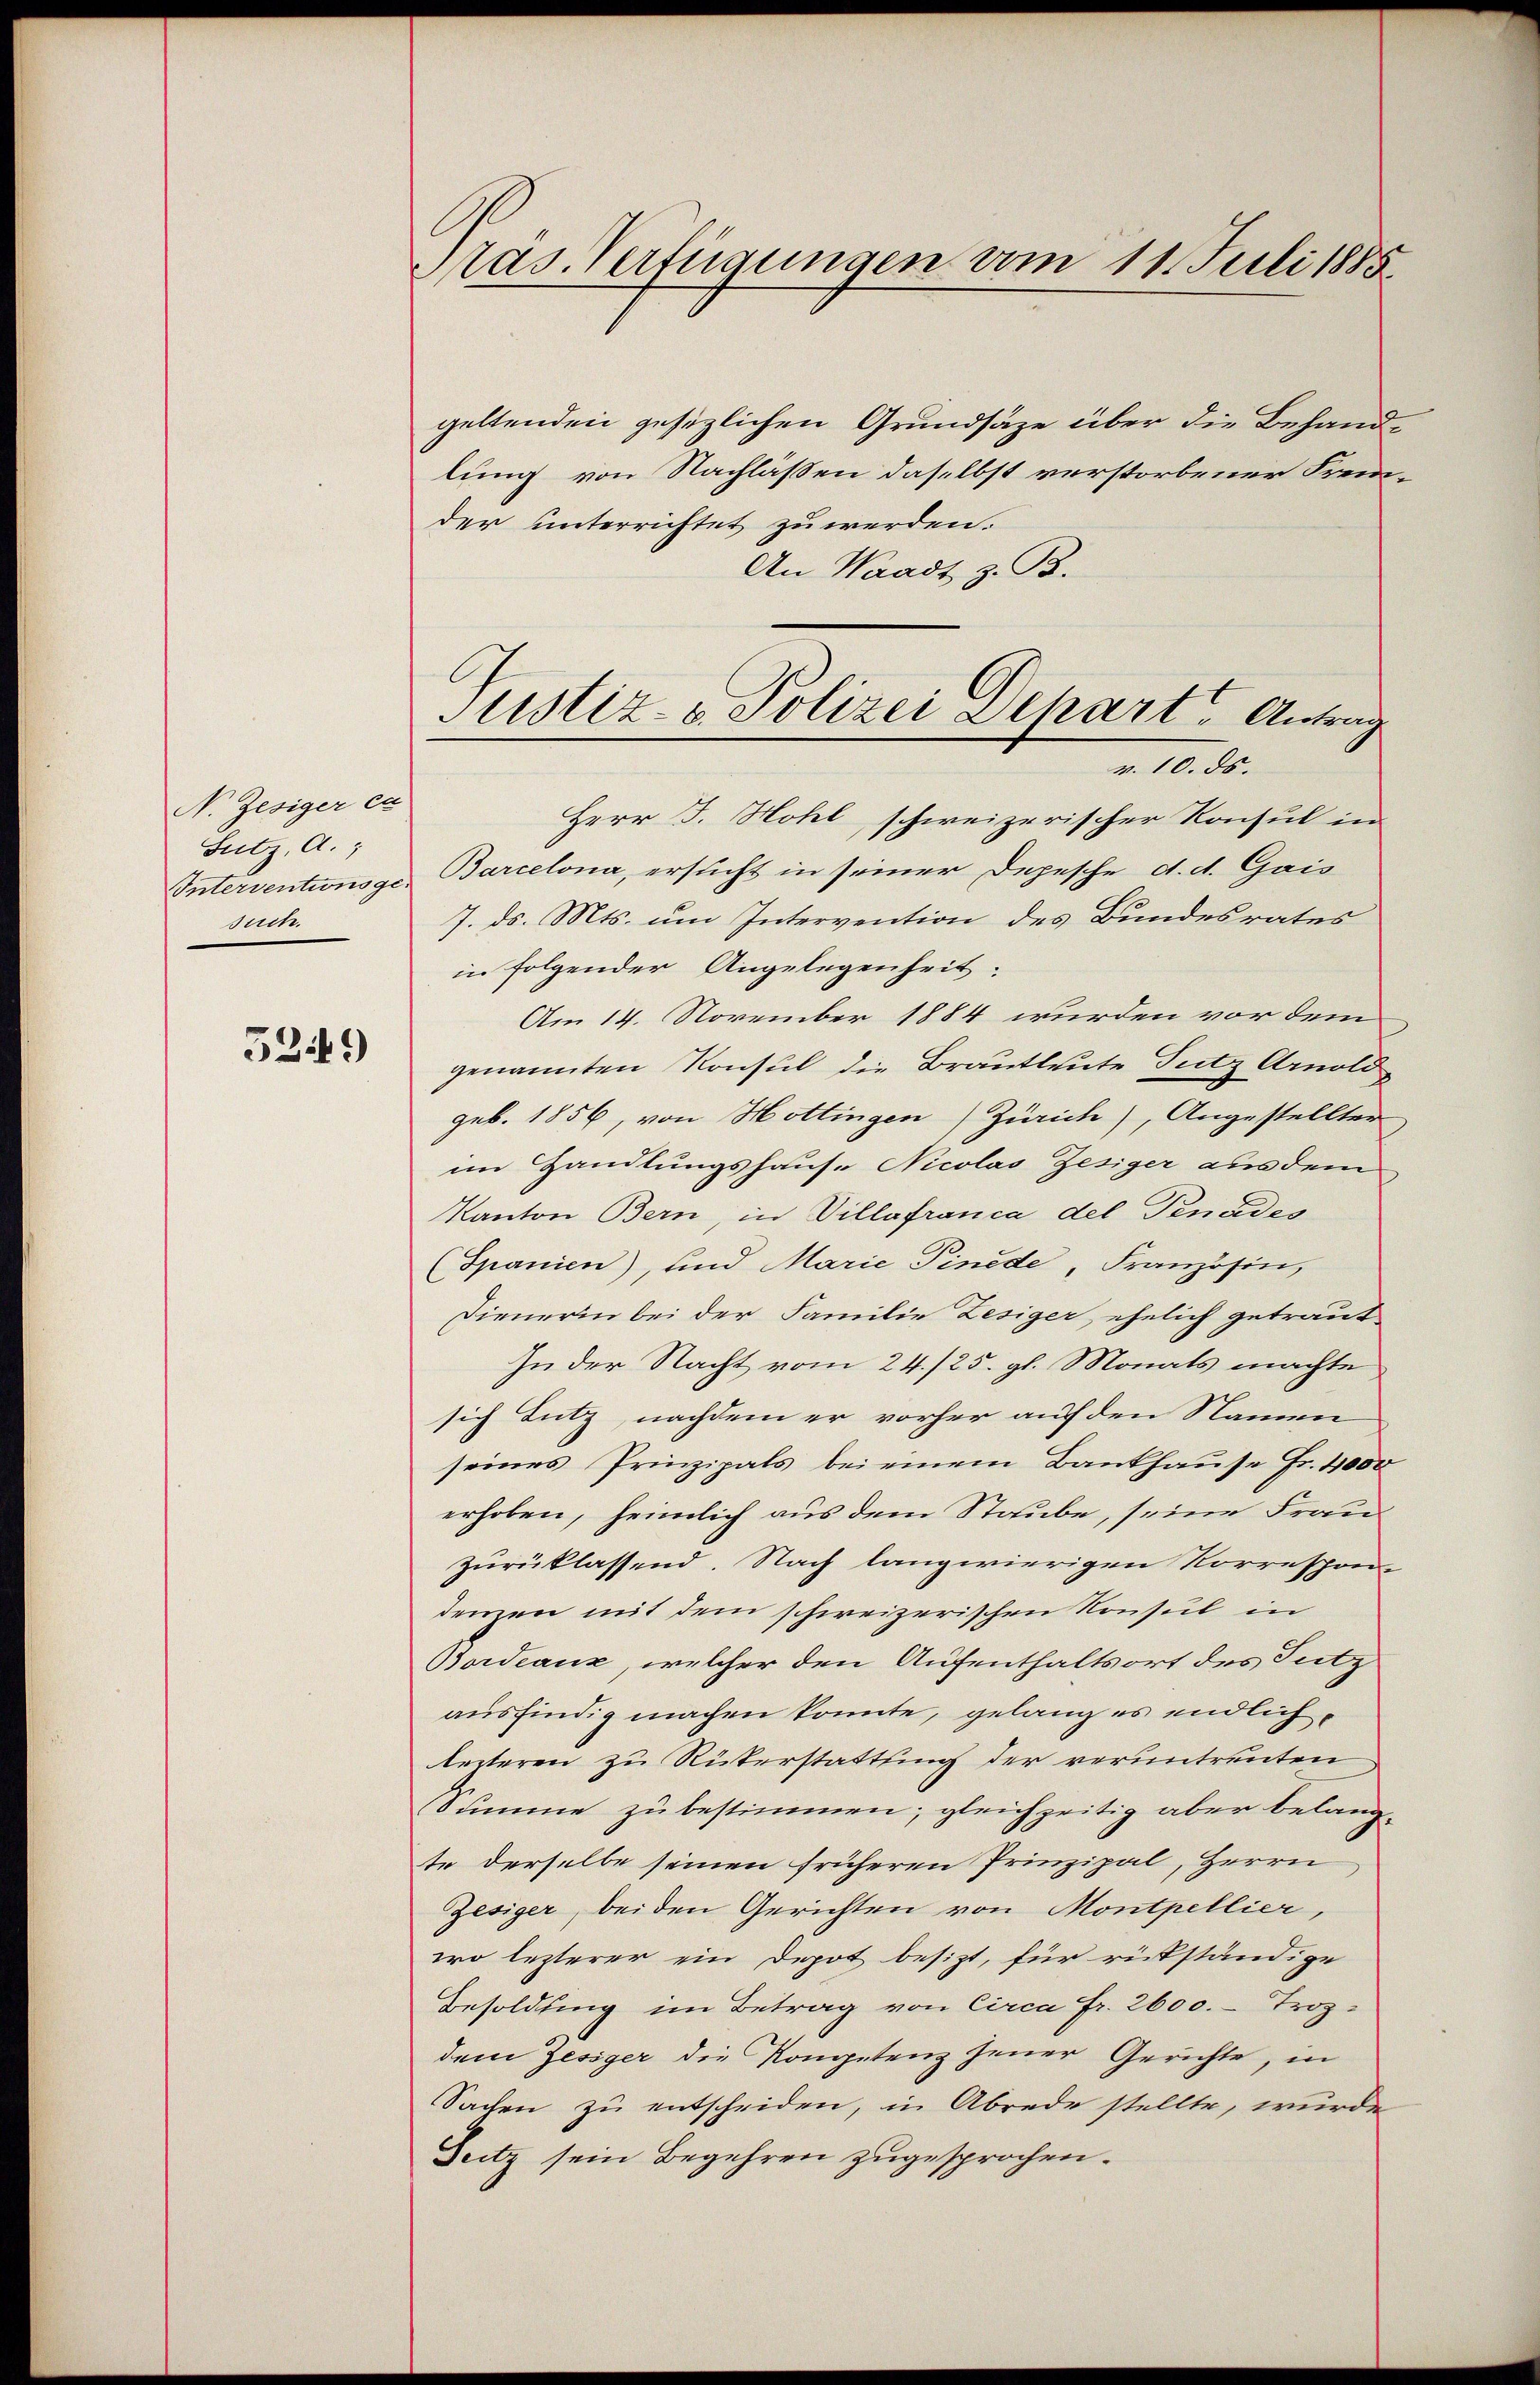
N. Zesiger ca
Sutz, A.;
Unterventionsgesuch.

52149)

Pras. Verfügungen vom 11. Juli 1885

Justiz- & Polizei Depart. Antrag
v. 10. ds.

geltenden gesetzlichen Grundsätze über die Behand-
lung von Nachläßen daselbst verstorbener Fremder unterrichtet zu werden.
An Waadt z. B.
Herr J. Hohl, schweizerischer Konsul in
Barcelona, ersucht in seiner Depesche d. d. Gais
7. ds. Mts. um Intervention des Bundesrates
in folgender Angelegenheit:
Am 14. November 1884 wurden vor dem
genannten Konsul die Brautleute Putz Arnold
geb. 1856, von Hottingen Zürich), Angestellter
im Handlungshause Nicolas Zesiger aus dem
Kanton Bern, in Villafranca del Venades
Spanien), und Marie Pinede, Französin,
l
Dienerin bei der Familie Lesiger, ehelich getraut
In der Nacht vom 24./25. gl. Monats machte
sich Lutz, nachdem er vorher auf den Namen
seines Prinzipals bei einem Bankhause Fr. 4000
erhoben, heimlich aus dem Staube, seine Frau
zurücklassend. Nach langwierigen Korrespon-
denzen mit dem schweizerischen Konsul in
Bordeaux, welcher den Aufenthaltsort des Tutz
ausfindig machen könnte, gelang es endlichleiteren zu Rüterstattung der veruntreuten
Summe zu bestimmen; gleichzeitig aber belangte derselbe seinen früheren Prinzipal, Herrn
Zesiger, beiden Gerichten von Montpellier,
wo lezterer ein Depot besizt, für rückständige
Besoldung im Betrag von Circa Fr. 2600.- Trozdem Zesiger die Kompetenz jener Gerichte, in
Sachen zu entscheiden, in Abrede stellte, wurde
Duitz sein Begehren zugesprochen.

e